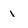
Character: i